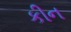
કીન